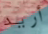
أريد